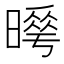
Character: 𭧮